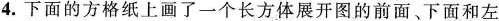
4.下面的方格纸上画了一个长方体展开图的前面、下面和左